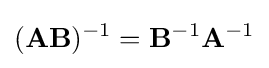
(\mathbf {AB} )^{-1}=\mathbf {B} ^{-1}\mathbf {A} ^{-1}